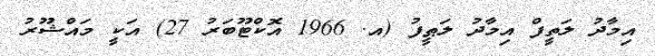
އިމާދު ލަތީފް އިމާދު ލަޠީފު (އ. 1966 އޮކްޓޫބަރު 27) އަކީ މައްޝޫރު